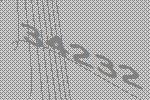
34232